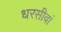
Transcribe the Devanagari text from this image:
धरसीवां